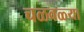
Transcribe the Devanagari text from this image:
चळवळ्या